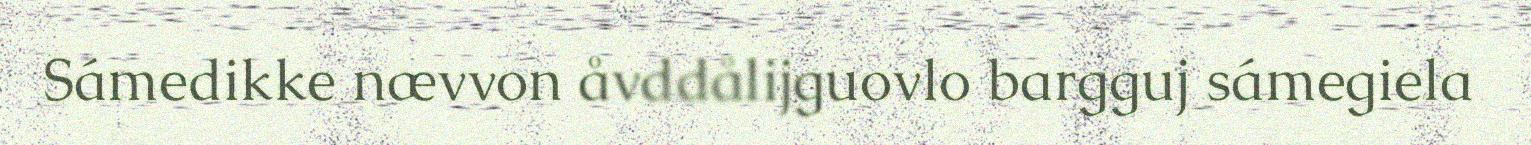
Sámedikke nævvon åvddålijguovlo bargguj sámegiela